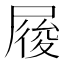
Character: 𡲲